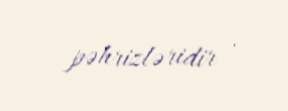
pəhrizləridir .